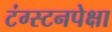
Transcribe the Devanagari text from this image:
टंग्स्टनपेक्षा